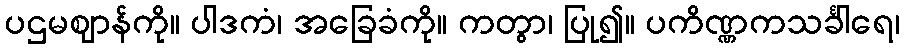
ပဌမဈာန်ကို။ ပါဒကံ၊ အခြေခံကို။ ကတွာ၊ ပြု၍။ ပကိဏ္ဏကသင်္ခါရေ၊